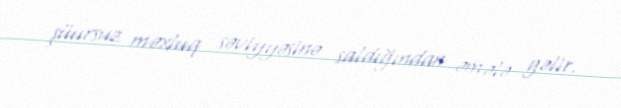
şüursuz məxluq səviyyəsinə saldığından əmələ gəlir.